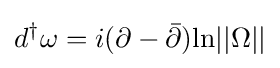
d^{\dagger }\omega =i(\partial -{\bar {\partial }}){\text{ln}}||\Omega ||